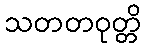
သတတဝုတ္တိ